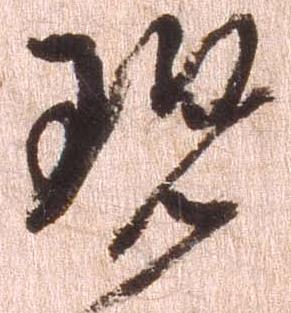
現